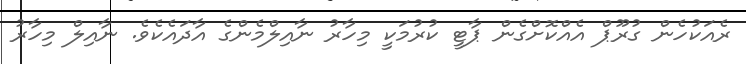
ރެއަކުހެން ގުރޫޕް އެއްކޮށްގެން ޕާޓީ ކުރުމަކީ މިހާރު ނާއިލްމެންގެ އާދައެކެވެ. ނާއިލް މިހާރު